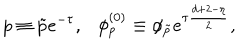
p \equiv \tilde { p } e ^ { - \tau } , \ \ \ \phi _ { p } ^ { ( 0 ) } \equiv \phi _ { \tilde { p } } e ^ { \tau \frac { d + 2 - \eta } { 2 } } ,